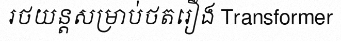
រថយន្តសម្រាប់ថតរឿង Transformer